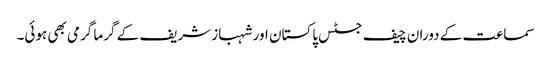
سماعت کے دوران چیف جسٹس پاکستان اور شہباز شریف کے گرما گرمی بھی ہوئی۔